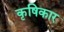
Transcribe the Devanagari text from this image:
कृषिकार